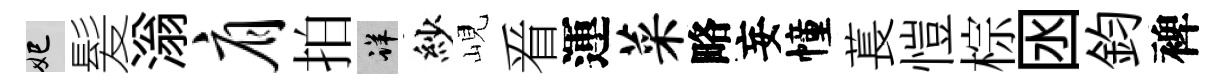
妃髪滃肩拍详紗峴㸔運菜略妄幢萇愷棕囦鈞裨